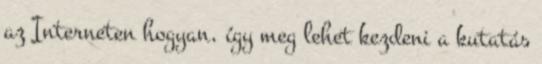
az Interneten hogyan, így meg lehet kezdeni a kutatás